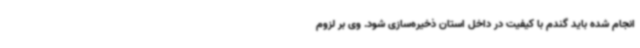
انجام شده باید گندم با کیفیت در داخل استان ذخیره‌سازی شود. وی بر لزوم